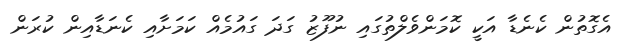
އެގޮތުން ކެނެޑާ އަކީ ކޮމަންވެލްތުގައި ނުފޫޒު ގަދަ ގައުމެއް ކަމަށާއި ކެނަޑާއިން ކުރަން